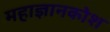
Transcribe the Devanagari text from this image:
महाज्ञानकोश